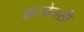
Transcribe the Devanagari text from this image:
कटचेनसी